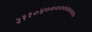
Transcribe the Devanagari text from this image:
३११०४००००००००००